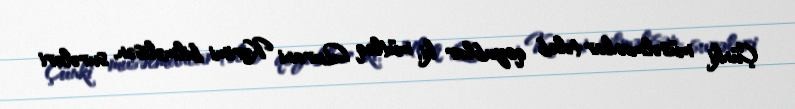
Çünki müsəlmanlar tələb qoyublar ki, mütləq Qurani Kərimi bilməlisən, surələri